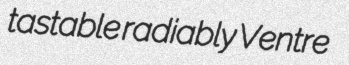
tastable radiably Ventre